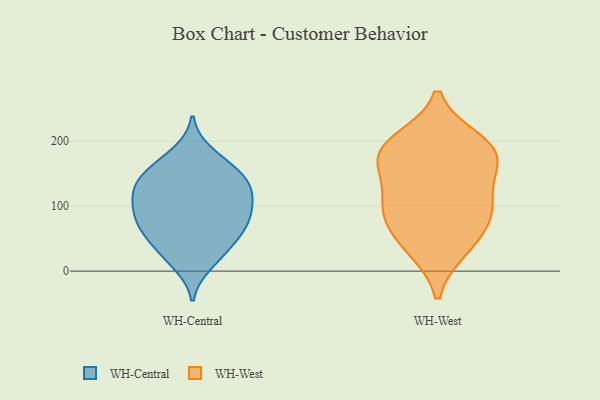
{"axis": {"x": "Revenue (USD Million)", "y": "Value"}, "legend": ["WH-Central", "WH-West"], "data": [{"x": "", "y": 112, "type": "WH-Central"}, {"x": "", "y": 12, "type": "WH-Central"}, {"x": "", "y": 116, "type": "WH-Central"}, {"x": "", "y": 165, "type": "WH-Central"}, {"x": "", "y": 152, "type": "WH-Central"}, {"x": "", "y": 85, "type": "WH-Central"}, {"x": "", "y": 99, "type": "WH-Central"}, {"x": "", "y": 124, "type": "WH-Central"}, {"x": "", "y": 75, "type": "WH-Central"}, {"x": "", "y": 67, "type": "WH-Central"}, {"x": "", "y": 141, "type": "WH-Central"}, {"x": "", "y": 61, "type": "WH-Central"}, {"x": "", "y": 181, "type": "WH-Central"}, {"x": "", "y": 24, "type": "WH-Central"}, {"x": "", "y": 145, "type": "WH-Central"}, {"x": "", "y": 132, "type": "WH-Central"}, {"x": "", "y": 56, "type": "WH-Central"}, {"x": "", "y": 35, "type": "WH-Central"}, {"x": "", "y": 89, "type": "WH-Central"}, {"x": "", "y": 109, "type": "WH-West"}, {"x": "", "y": 96, "type": "WH-West"}, {"x": "", "y": 79, "type": "WH-West"}, {"x": "", "y": 188, "type": "WH-West"}, {"x": "", "y": 34, "type": "WH-West"}, {"x": "", "y": 143, "type": "WH-West"}, {"x": "", "y": 165, "type": "WH-West"}, {"x": "", "y": 180, "type": "WH-West"}, {"x": "", "y": 41, "type": "WH-West"}, {"x": "", "y": 200, "type": "WH-West"}, {"x": "", "y": 89, "type": "WH-West"}, {"x": "", "y": 189, "type": "WH-West"}]}